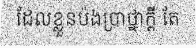
ដែលខ្លួនប៉ងប្រាថ្នាក្តី តែ